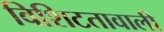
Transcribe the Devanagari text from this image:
विशिटतावाली